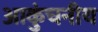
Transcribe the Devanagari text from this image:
आकुंचनीय